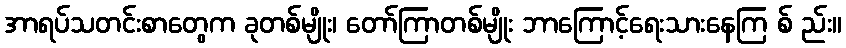
အာရပ်သတင်းစာတွေက ခုတစ်မျိုး၊ တော်ကြာတစ်မျိုး ဘာကြောင့်ရေးသားနေကြ စ် ည်း။